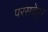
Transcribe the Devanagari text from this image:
परसदेपुर